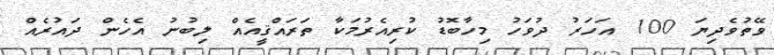
ވޭތުވެދިޔަ 100 އަހަރު ދުވަހު މިހާބޮޑު ކުރިއެރުމަކާ ތަރައްޤީއެއް ލިބުނު އެހެން ދައުރެއް